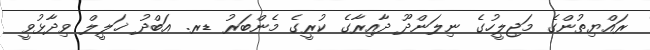
ރައްޔިތުންގެ މަޖިލީހުގެ ނިލަންދޫ ދާއިރާގެ ކުރީގެ މެންބަރު ޑރ. އަބްދު ޚަލީލް ވިދާޅުވީ